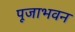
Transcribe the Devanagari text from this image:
पूजाभवन